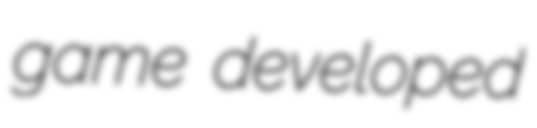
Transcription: game developed